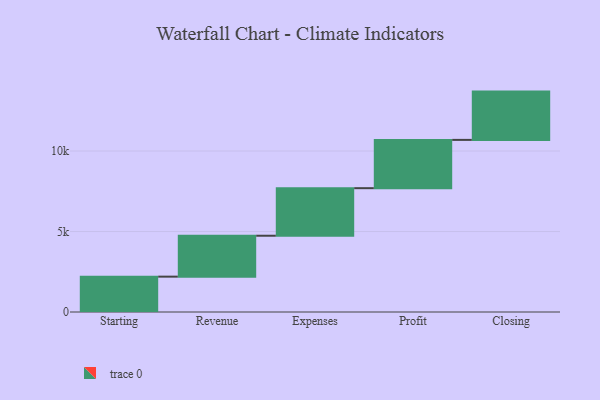
{"axis": {"x": "Step", "y": "Value"}, "legend": [""], "data": [{"x": "Starting", "y": 2196.0, "type": ""}, {"x": "Revenue", "y": 2542.0, "type": ""}, {"x": "Expenses", "y": 2954.0, "type": ""}, {"x": "Profit", "y": 3000, "type": ""}, {"x": "Closing", "y": 3000, "type": ""}]}